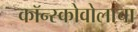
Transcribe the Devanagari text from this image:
कॉन्स्कोवोलाचा